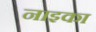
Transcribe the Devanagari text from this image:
नाइका